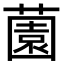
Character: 薗